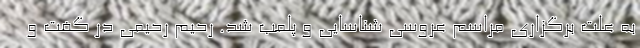
به علت برگزاری مراسم عروسی شناسایی و پلمب شد. رحیم رحیمی در گفت و